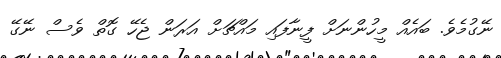
ނޭގުމެވެ. ބައެއް މީހުންނަށް ފީނާފައި މައްޗަށް އަރަން ޖެހޭ ގޮތް ވެސް ނޭގޭ